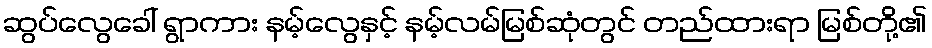
ဆွပ်လွေခေါ် ရွာကား နမ့်လွေနှင့် နမ့်လမ်မြစ်ဆုံတွင် တည်ထားရာ မြစ်တို့၏